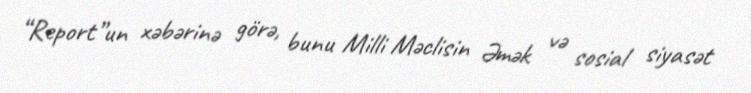
“Report”un xəbərinə görə, bunu Milli Məclisin Əmək və sosial siyasət